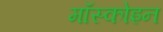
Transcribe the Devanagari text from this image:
मॉस्कोइन